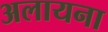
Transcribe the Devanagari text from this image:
अलायना